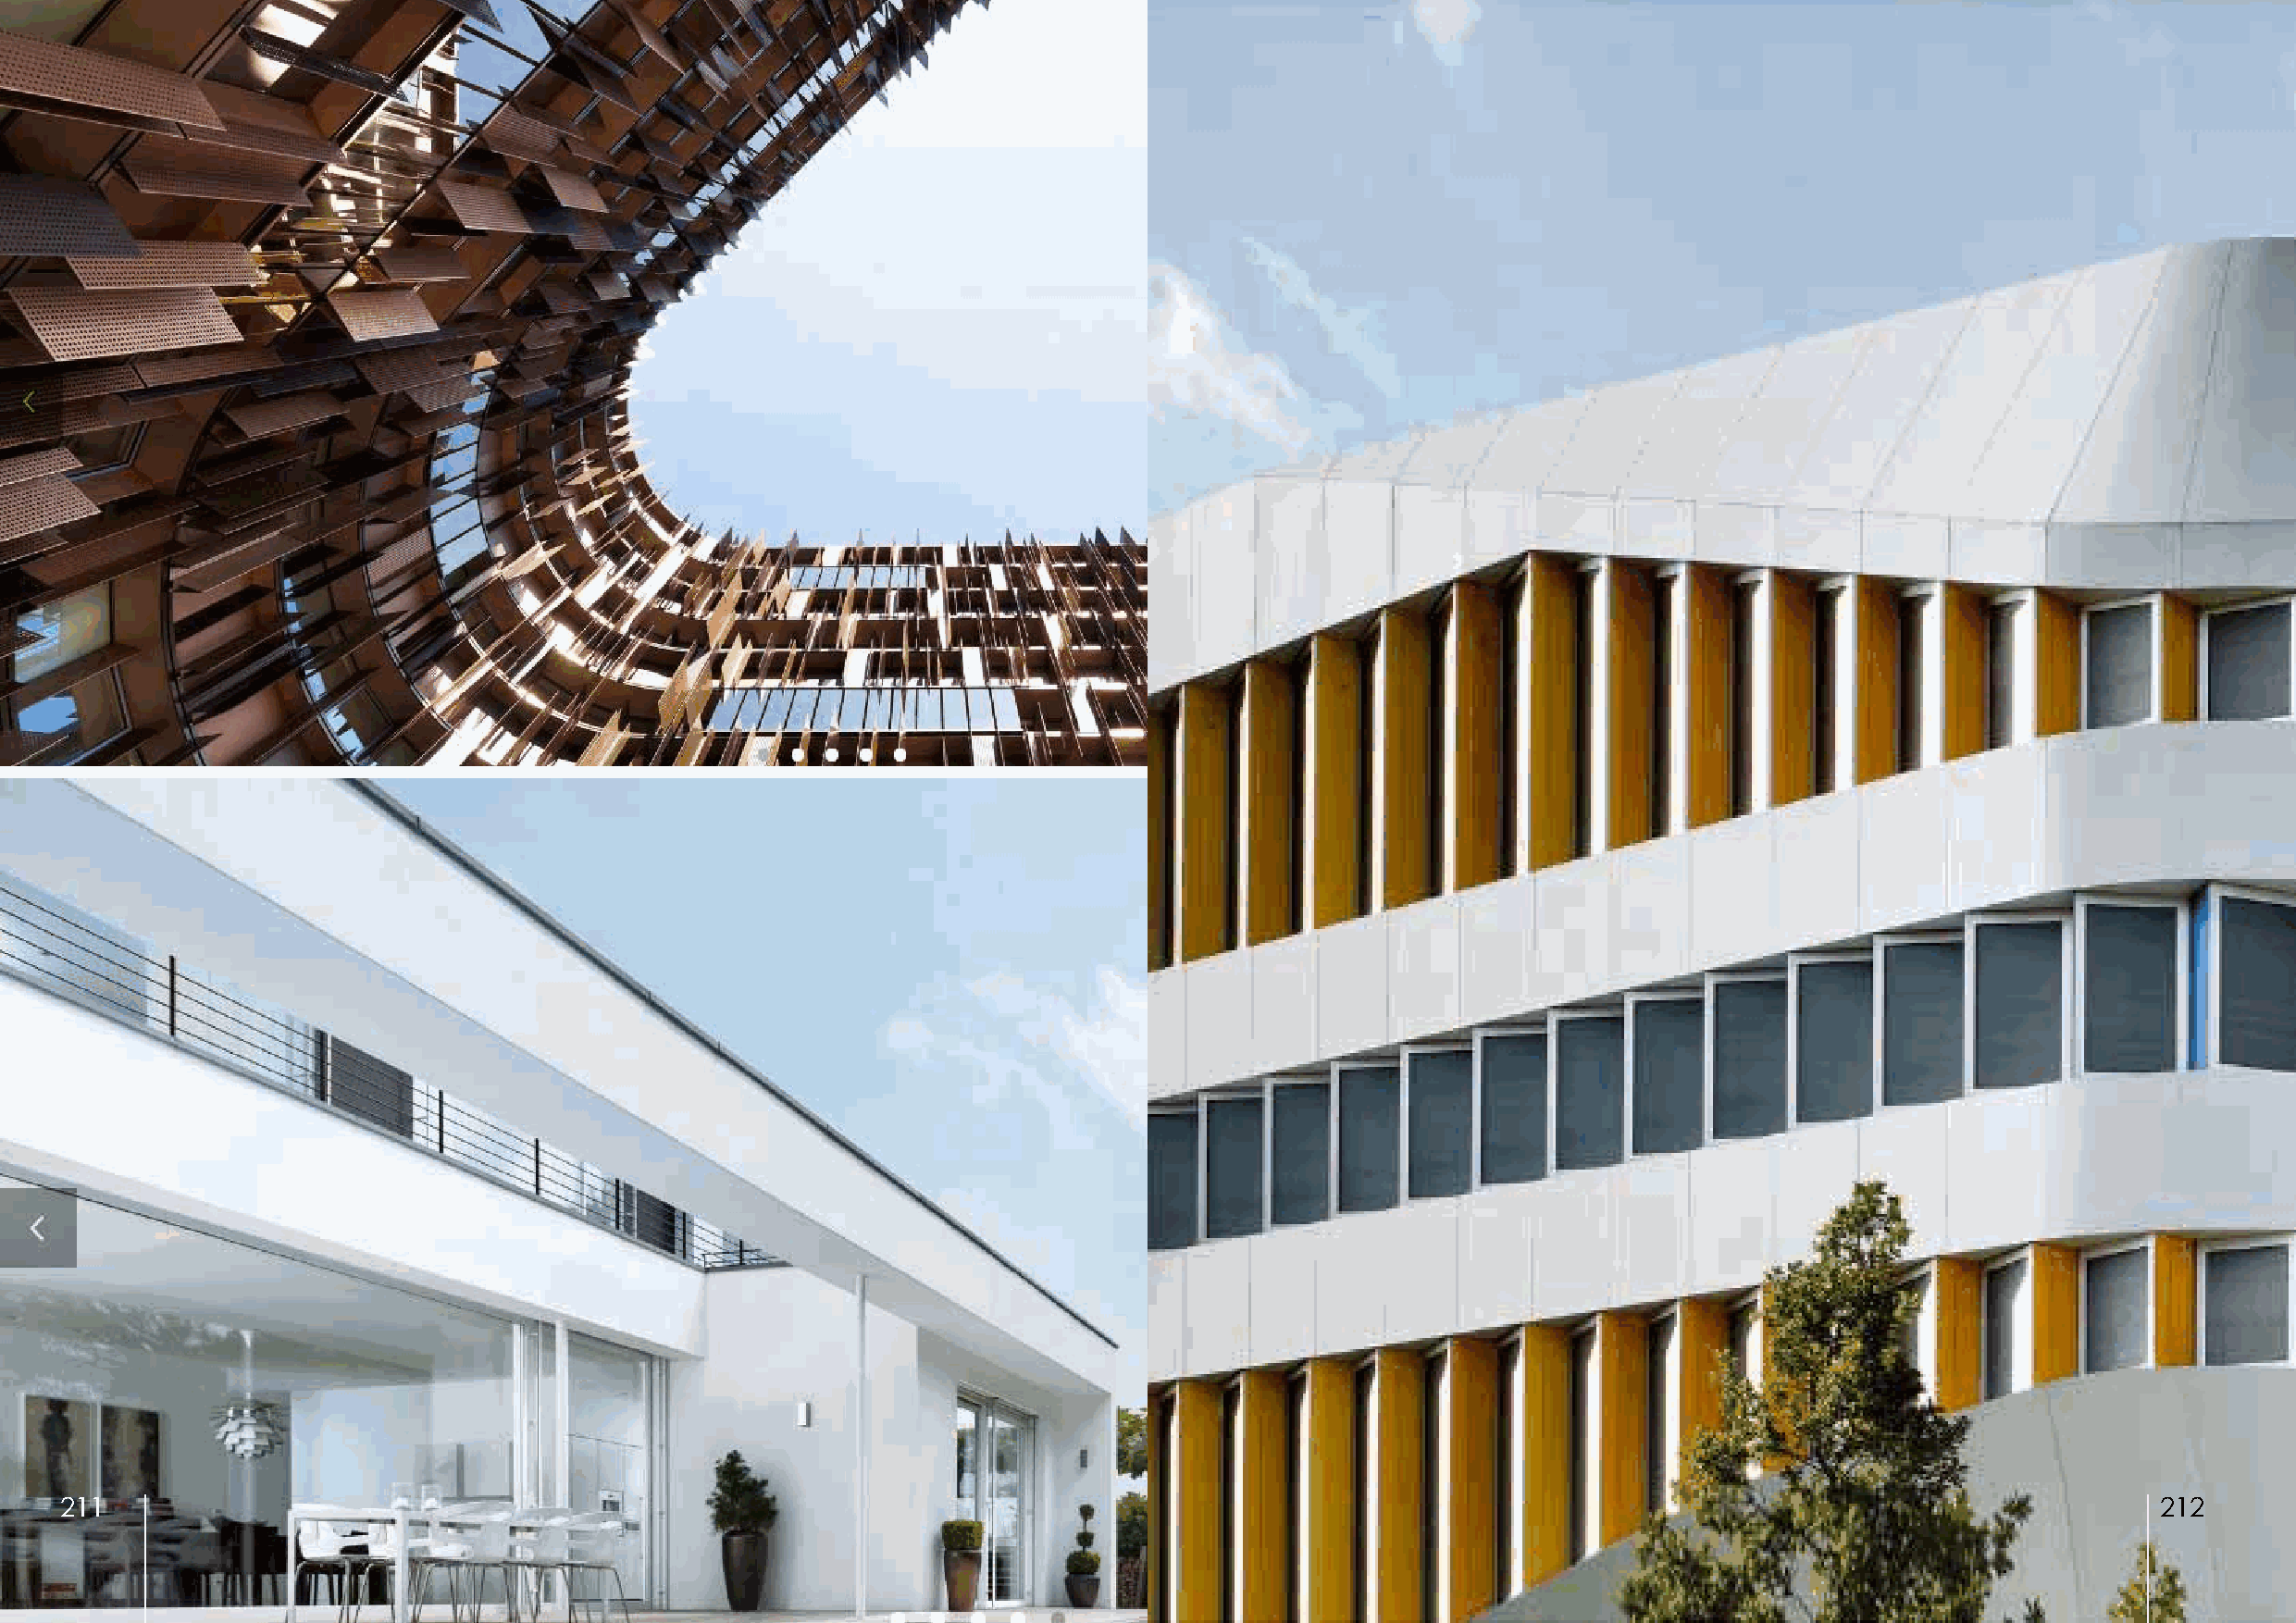
211                                                                                                                                                   212